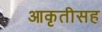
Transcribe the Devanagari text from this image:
आकृतीसह